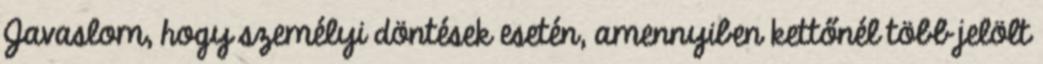
Javaslom, hogy személyi döntések esetén, amennyiben kettőnél több jelölt